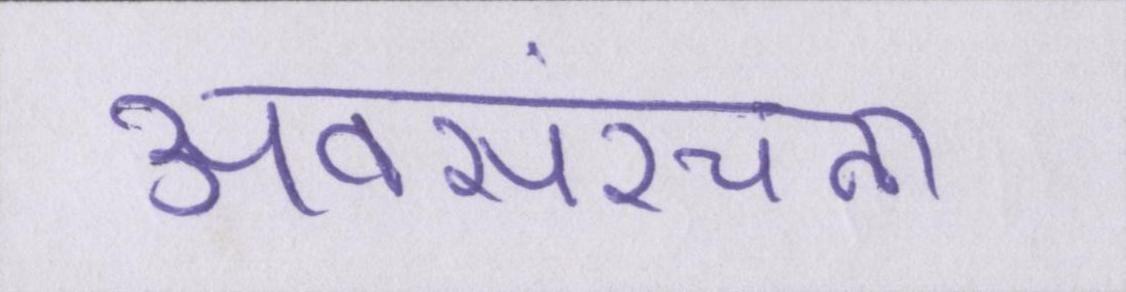
अवसंरचना